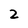
Character: 2